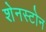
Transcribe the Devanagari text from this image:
शेनस्टोन